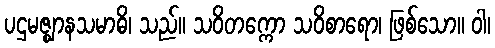
ပဌမဇ္ဈာနသမာဓိ၊ သည်။ သဝိတက္ကော သဝိစာရော၊ ဖြစ်သော။ ဝါ၊